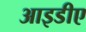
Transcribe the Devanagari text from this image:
आइडीए